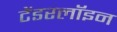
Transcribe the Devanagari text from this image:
टेंडरलॉइन